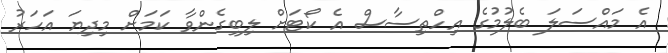
އެ މައްސަލަ ބެލުމުގެ އިހްތިސާސް އެ ކޯޓަށް ލިބިގެންވާ ކަމަށް މިދިޔަ އަހަރު